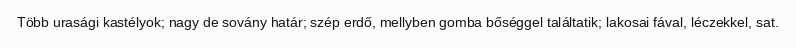
Több urasági kastélyok; nagy de sovány határ; szép erdő, mellyben gomba bőséggel találtatik; lakosai fával, léczekkel, sat.